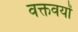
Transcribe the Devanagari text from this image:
वक्तवयों